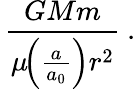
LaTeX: \, {\frac{\, GMm\, }{\mu\! \! \left({\frac{a}{a_{0}}}\right)r^{2}}}~.